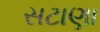
સટાણા